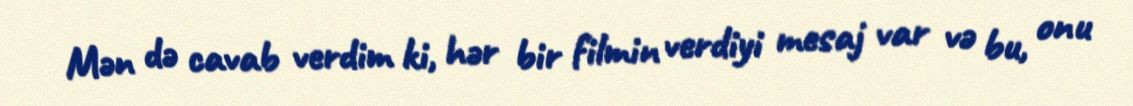
Mən də cavab verdim ki, hər bir filmin verdiyi mesaj var və bu, onu